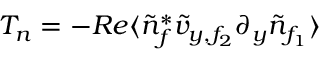
T _ { n } = - R e \langle \tilde { n } _ { f } ^ { * } \tilde { v } _ { y , f _ { 2 } } \partial _ { y } \tilde { n } _ { f _ { 1 } } \rangle